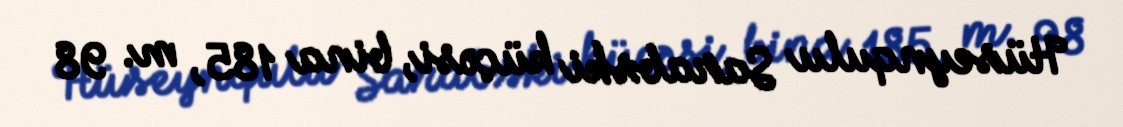
Hüseynqulu Sarabski küçəsi, bina 185, m. 98